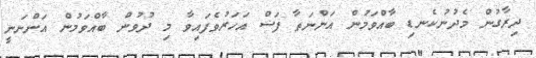
ދިރާގުން މެދުނުކެނޑި ބާއްވަމުން އަންނަތާ ފަސް އަހަރުވެފައިވާ މި ދުވުން ބާއްވަމުން އަންނަނީ